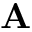
{ \bf A }